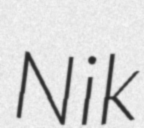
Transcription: Nik